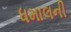
ધમાલની